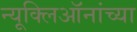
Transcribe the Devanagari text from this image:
न्यूक्लिऑनांच्या